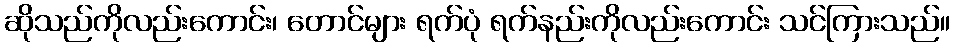
ဆိုသည်ကိုလည်းကောင်း၊ တောင်များ ရက်ပုံ ရက်နည်းကိုလည်းကောင်း သင်ကြားသည်။